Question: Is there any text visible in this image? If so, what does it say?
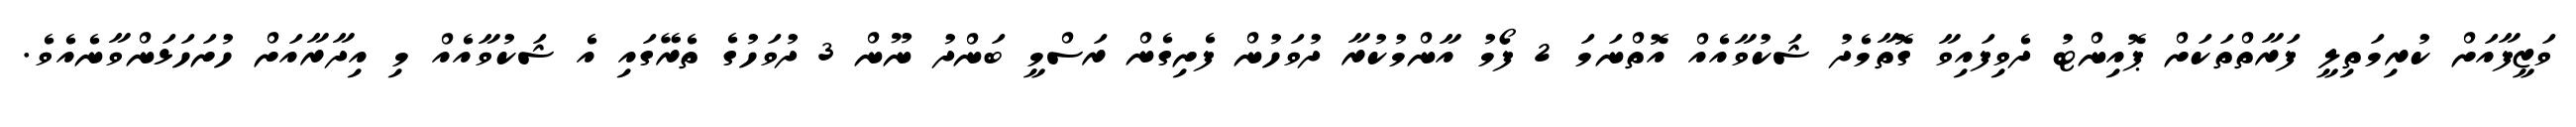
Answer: ވަޒީފާއަށް ކުރިމަތިލީ ފަރާތްތަކަށް ޕޮއިންޓު ދެވިފައިވާ ގޮތާމެދު ޝަކުވާއެއް އޮތްނަމަ 2 ފޯމު އާންމުކުރާ ދުވަހުން ފެށިގެން ރަސްމީ ބަންދު ނޫން 3 ދުވަހުގެ ތެރޭގައި އެ ޝަކުވާއެއް މި އިދާރާއަށް ހުށަހަޅަންވާނެއެވެ.